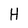
Character: H